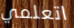
اتعلمي